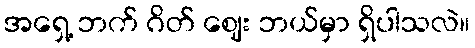
အရှေ့ ဘက် ဂိတ် ဈေး ဘယ်မှာ ရှိပါသလဲ။